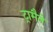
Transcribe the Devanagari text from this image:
ट्रामैने